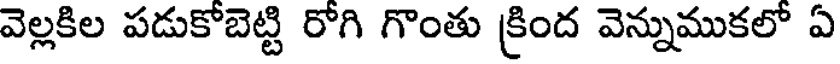
వెల్లకిల పడుకోబెట్టి రోగి గొంతు క్రింద వెన్నుముకలో ఏ